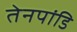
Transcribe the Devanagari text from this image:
तेनपांडि